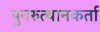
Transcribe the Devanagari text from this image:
पुनरुत्थानकर्ता